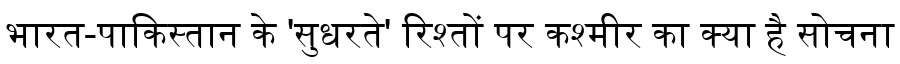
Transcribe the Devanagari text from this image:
भारत-पाकिस्तान के 'सुधरते' रिश्तों पर कश्मीर का क्या है सोचना